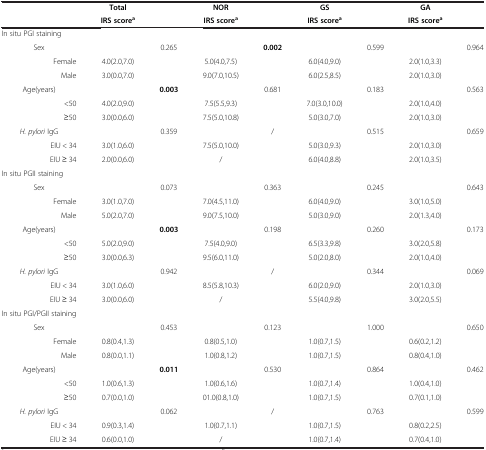
<table><thead><tr><td><b> </b></td><td><b>Total</b></td><td><b> </b></td><td><b>NOR</b></td><td><b> </b></td><td><b>GS</b></td><td><b> </b></td><td><b>GA</b></td><td><b> </b></td></tr><tr><td><b> </b></td><td><b>IRS score<sup>a</sup></b></td><td><b> </b></td><td><b>IRS score<sup>a</sup></b></td><td><b> </b></td><td><b>IRS score<sup>a</sup></b></td><td><b> </b></td><td><b>IRS score<sup>a</sup></b></td><td><b> </b></td></tr></thead><tbody><tr><td>In situ PGI staining</td><td> </td><td> </td><td> </td><td> </td><td> </td><td> </td><td> </td><td> </td></tr><tr><td>Sex</td><td> </td><td>0.265</td><td> </td><td><b>0.002</b></td><td> </td><td>0.599</td><td> </td><td>0.964</td></tr><tr><td>Female</td><td>4.0(2.0,7.0)</td><td> </td><td>5.0(4.0,7.5)</td><td> </td><td>6.0(4.0,9.0)</td><td> </td><td>2.0(1.0,3.3)</td><td> </td></tr><tr><td>Male</td><td>3.0(0.0,7.0)</td><td> </td><td>9.0(7.0,10.5)</td><td> </td><td>6.0(2.5,8.5)</td><td> </td><td>2.0(1.0,3.0)</td><td> </td></tr><tr><td>Age(years)</td><td> </td><td><b>0.003</b></td><td> </td><td>0.681</td><td> </td><td>0.183</td><td> </td><td>0.563</td></tr><tr><td>&lt;50</td><td>4.0(2.0,9.0)</td><td> </td><td>7.5(5.5,9.3)</td><td> </td><td>7.0(3.0,10.0)</td><td> </td><td>2.0(1.0,4.0)</td><td> </td></tr><tr><td>≥50</td><td>3.0(0.0,6.0)</td><td> </td><td>7.5(5.0,10.8)</td><td> </td><td>5.0(3.0,7.0)</td><td> </td><td>2.0(1.0,3.0)</td><td> </td></tr><tr><td><i>H. pylori</i> IgG</td><td> </td><td>0.359</td><td> </td><td>/</td><td> </td><td>0.515</td><td> </td><td>0.659</td></tr><tr><td>EIU &lt; 34</td><td>3.0(1.0,6.0)</td><td> </td><td>7.5(5.0,10.0)</td><td> </td><td>5.0(3.0,9.3)</td><td> </td><td>2.0(1.0,3.0)</td><td> </td></tr><tr><td>EIU ≥ 34</td><td>2.0(0.0,6.0)</td><td> </td><td>/</td><td> </td><td>6.0(4.0,8.8)</td><td> </td><td>2.0(1.0,3.5)</td><td> </td></tr><tr><td>In situ PGII staining</td><td> </td><td> </td><td> </td><td> </td><td> </td><td> </td><td> </td><td> </td></tr><tr><td>Sex</td><td> </td><td>0.073</td><td> </td><td>0.363</td><td> </td><td>0.245</td><td> </td><td>0.643</td></tr><tr><td>Female</td><td>3.0(1.0,7.0)</td><td> </td><td>7.0(4.5,11.0)</td><td> </td><td>6.0(4.0,9.0)</td><td> </td><td>3.0(1.0,5.0)</td><td> </td></tr><tr><td>Male</td><td>5.0(2.0,7.0)</td><td> </td><td>9.0(7.5,10.0)</td><td> </td><td>5.0(3.0,9.0)</td><td> </td><td>2.0(1.3,4.0)</td><td> </td></tr><tr><td>Age(years)</td><td> </td><td><b>0.003</b></td><td> </td><td>0.198</td><td> </td><td>0.260</td><td> </td><td>0.173</td></tr><tr><td>&lt;50</td><td>5.0(2.0,9.0)</td><td> </td><td>7.5(4.0,9.0)</td><td> </td><td>6.5(3.3,9.8)</td><td> </td><td>3.0(2.0,5.8)</td><td> </td></tr><tr><td>≥50</td><td>3.0(0.0,6.3)</td><td> </td><td>9.5(6.0,11.0)</td><td> </td><td>5.0(2.0,8.0)</td><td> </td><td>2.0(1.0,4.0)</td><td> </td></tr><tr><td><i>H. pylori</i> IgG</td><td> </td><td>0.942</td><td> </td><td>/</td><td> </td><td>0.344</td><td> </td><td>0.069</td></tr><tr><td>EIU &lt; 34</td><td>3.0(1.0,6.0)</td><td> </td><td>8.5(5.8,10.3)</td><td> </td><td>6.0(2.0,9.0)</td><td> </td><td>2.0(1.0,3.0)</td><td> </td></tr><tr><td>EIU ≥ 34</td><td>3.0(0.0,6.0)</td><td> </td><td>/</td><td> </td><td>5.5(4.0,9.8)</td><td> </td><td>3.0(2.0,5.5)</td><td> </td></tr><tr><td>In situ PGI/PGII staining</td><td> </td><td> </td><td> </td><td> </td><td> </td><td> </td><td> </td><td> </td></tr><tr><td>Sex</td><td> </td><td>0.453</td><td> </td><td>0.123</td><td> </td><td>1.000</td><td> </td><td>0.650</td></tr><tr><td>Female</td><td>0.8(0.4,1.3)</td><td> </td><td>0.8(0.5,1.0)</td><td> </td><td>1.0(0.7,1.5)</td><td> </td><td>0.6(0.2,1.2)</td><td> </td></tr><tr><td>Male</td><td>0.8(0.0,1.1)</td><td> </td><td>1.0(0.8,1.2)</td><td> </td><td>1.0(0.7,1.5)</td><td> </td><td>0.8(0.4,1.0)</td><td> </td></tr><tr><td>Age(years)</td><td> </td><td><b>0.011</b></td><td> </td><td>0.530</td><td> </td><td>0.864</td><td> </td><td>0.462</td></tr><tr><td>&lt;50</td><td>1.0(0.6,1.3)</td><td> </td><td>1.0(0.6,1.6)</td><td> </td><td>1.0(0.7,1.4)</td><td> </td><td>1.0(0.4,1.0)</td><td> </td></tr><tr><td>≥50</td><td>0.7(0.0,1.0)</td><td> </td><td>01.0(0.8,1.0)</td><td> </td><td>1.0(0.7,1.5)</td><td> </td><td>0.7(0.1,1.0)</td><td> </td></tr><tr><td><i>H. pylori</i> IgG</td><td> </td><td>0.062</td><td> </td><td>/</td><td> </td><td>0.763</td><td> </td><td>0.599</td></tr><tr><td>EIU &lt; 34</td><td>0.9(0.3,1.4)</td><td> </td><td>1.0(0.7,1.1)</td><td> </td><td>1.0(0.7,1.5)</td><td> </td><td>0.8(0.2,2.5)</td><td> </td></tr><tr><td>EIU ≥ 34</td><td>0.6(0.0,1.0)</td><td> </td><td>/</td><td> </td><td>1.0(0.7,1.4)</td><td> </td><td>0.7(0.4,1.0)</td><td> </td></tr></tbody></table>